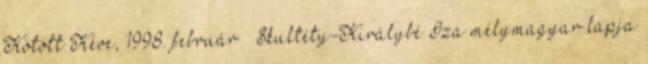
Kötött Kéve, 1998. február – Skultéty-Ki­rálybé Iza mélymagyar lapja